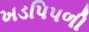
ખડપિપળી